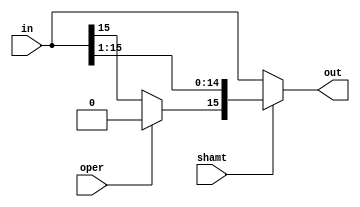
module right1 (in, shamt, oper, out);
  input [15:0]in;
  input shamt;
  input oper;
  output [15:0]out;

  assign out = shamt ? {oper ?1'b0:in[15], in[15:1]}:in;
endmodule